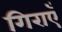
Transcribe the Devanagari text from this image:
गिराएँ